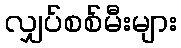
လျှပ်စစ်မီးများ